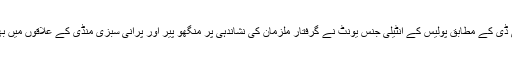
ایس ایس پی سی ٹی ڈی کے مطابق پولیس کے انٹیلی جنس یونٹ نے گرفتار ملزمان کی نشاندہی پر منگھو پیر اور پرانی سبزی منڈی کے علاقوں میں بھی کارروائیاں کیں۔